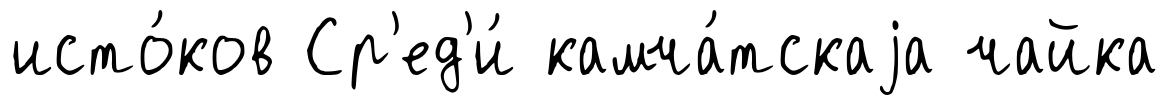
исто́ков Ср'ед'и́ камча́тскаjа чайка